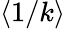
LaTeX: \langle 1/k\rangle